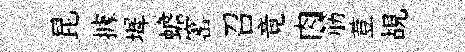
昆據墀蟾窰召竟肉筋荳覘